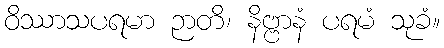
ဝိဿာသပရမာ ဉာတိ၊ နိဗ္ဗာနံ ပရမံ သုခံ။